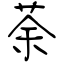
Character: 荼